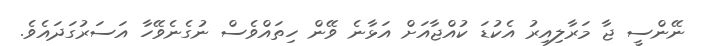
ނޭންސީ ޖާ މަރާލިއިރު އެކުޑަ ކުއްޖާއަށް އަޅާނެ ވޭން ހިތައްވެސް ނުގެނެވޭހާ އަސަރުގަދައެވެ.